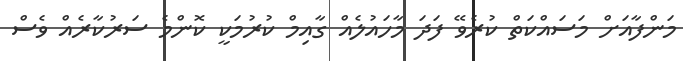
މަންފާއަށް މަސައްކަތް ކުރެވޭ ފަދަ މާހައުލެއް ގާއިމް ކުރުމަކީ ކޮންމެ ސަރުކާރެއް ވެސް